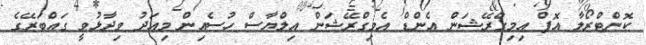
ކޮންޓްރޯލާ އޮފް އިމިގްރޭޝަން އެންޑް އެމިގްރޭޝަން އިލްޔާސް ހުސެއިން މިއަދު ވިދާޅުވީ ގައްބަރޭގެ